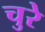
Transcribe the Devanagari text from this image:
चुरे